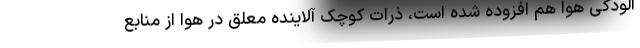
آلودگی هوا هم افزوده شده است، ذرات کوچک آلاینده معلق در هوا از منابع